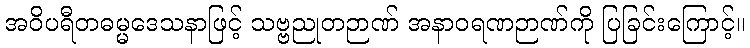
အဝိပရီတဓမ္မဒေသနာဖြင့် သဗ္ဗညုတဉာဏ် အနာဝရဏဉာဏ်ကို ပြခြင်းကြောင့်။